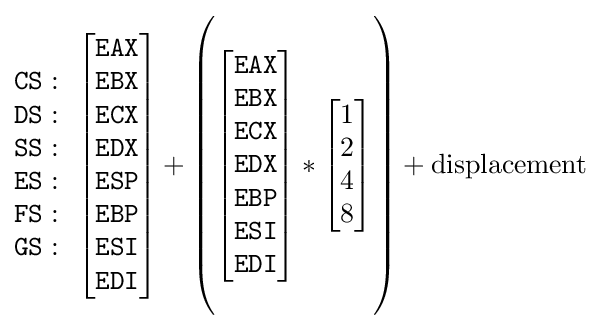
{\begin{matrix}{\mathtt {CS}}:\\{\mathtt {DS}}:\\{\mathtt {SS}}:\\{\mathtt {ES}}:\\{\mathtt {FS}}:\\{\mathtt {GS}}:\end{matrix}}\ \ {\begin{bmatrix}{\mathtt {EAX}}\\{\mathtt {EBX}}\\{\mathtt {ECX}}\\{\mathtt {EDX}}\\{\mathtt {ESP}}\\{\mathtt {EBP}}\\{\mathtt {ESI}}\\{\mathtt {EDI}}\end{bmatrix}}+{\begin{pmatrix}\\{\begin{bmatrix}{\mathtt {EAX}}\\{\mathtt {EBX}}\\{\mathtt {ECX}}\\{\mathtt {EDX}}\\{\mathtt {EBP}}\\{\mathtt {ESI}}\\{\mathtt {EDI}}\end{bmatrix}}*{\begin{bmatrix}1\\2\\4\\8\end{bmatrix}}\\\\\end{pmatrix}}+{\rm {displacement}}